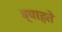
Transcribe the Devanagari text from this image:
ब्याहते